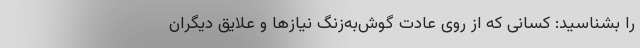
را بشناسید: کسانی که از روی عادت گوش‌به‌زنگ نیازها و علایق دیگران